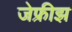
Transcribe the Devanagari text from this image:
जेफ्रीझ